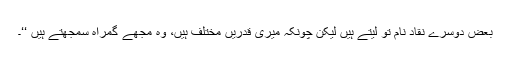
بعض دوسرے نقاد نام تو لیتے ہیں لیکن چونکہ میری قدریں مختلف ہیں، وہ مجھے گمراہ سمجھتے ہیں ‘‘۔